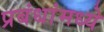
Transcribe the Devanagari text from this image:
प्रबंधांमध्ये